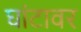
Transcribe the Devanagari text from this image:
घांटावर